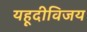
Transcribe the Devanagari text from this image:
यहूदीविजय